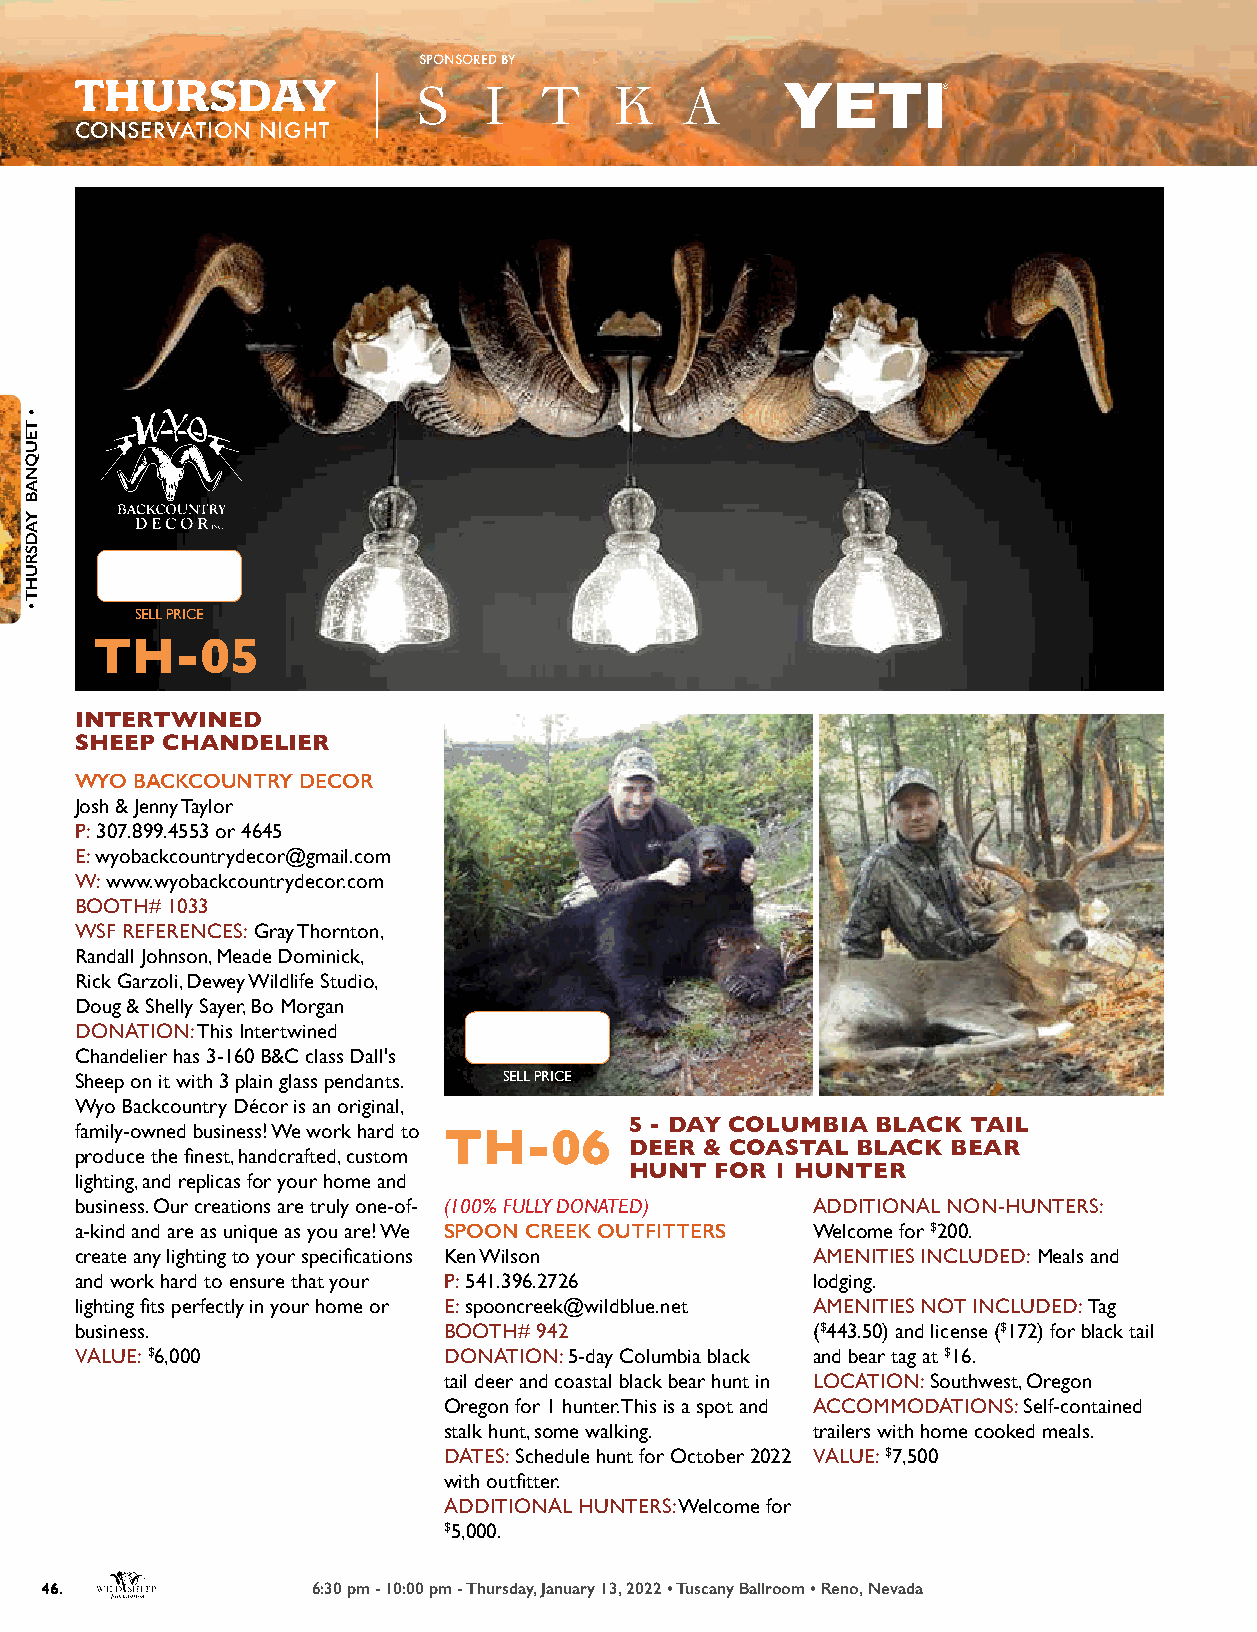
SPONSORED BY
 THURSDAY
 CONSERVATION NIGHT
 SELL PRICE
 TH-05
 INTERTWINED
 SHEEP CHANDELIER
 WYO BACKCOUNTRY DECOR
 Josh & Jenny Taylor
 P: 307.899.4553 or 4645
 E: wyobackcountrydecor@gmail.com
 W: www.wyobackcountrydecor.com
 BOOTH# 1033
 WSF REFERENCES: Gray Thornton,
 Randall Johnson, Meade Dominick,
 Rick Garzoli, Dewey Wildlife Studio,
 Doug & Shelly Sayer, Bo Morgan
 DONATION: This Intertwined
 Chandelier has 3-160 B&C class Dall's
 Sheep on it with 3 plain glass pendants. SELL PRICE
 Wyo Backcountry Décor is an original,
 family-owned business! We work hard to 5 - DAY COLUMBIA BLACK TAIL
 TH-06
 produce the finest, handcrafted, custom DEER & COASTAL BLACK BEAR
 HUNT FOR 1 HUNTER
 lighting, and replicas for your home and
 business. Our creations are truly one-of- (100% FULLY DONATED) ADDITIONAL NON-HUNTERS:
 a-kind and are as unique as you are! We SPOON CREEK OUTFITTERS Welcome for $200.
 create any lighting to your specifications Ken Wilson AMENITIES INCLUDED: Meals and
 and work hard to ensure that your P: 541.396.2726 lodging.
 lighting fits perfectly in your home or E: spooncreek@wildblue.net AMENITIES NOT INCLUDED: Tag
 business.               BOOTH# 942               ($443.50) and license ($172) for black tail
 VALUE: $6,000           DONATION: 5-day Columbia black and bear tag at $16.
 tail deer and coastal black bear hunt in LOCATION: Southwest, Oregon
 Oregon for 1 hunter. This is a spot and ACCOMMODATIONS: Self-contained
 stalk hunt, some walking. trailers with home cooked meals.
 DATES: Schedule hunt for October 2022 VALUE: $7,500
 with outfitter.
 ADDITIONAL HUNTERS: Welcome for
 $5,000.
 46.               6:30 pm - 10:00 pm - Thursday, January 13, 2022 • Tuscany Ballroom • Reno, Nevada
 •
 TEUQNAB
 YADSRUHT
 •